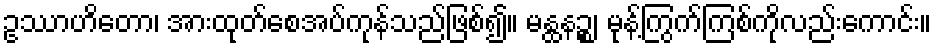
ဥဿာဟိတော၊ အားထုတ်စေအပ်ကုန်သည်ဖြစ်၍။ မန္ထနဉ္စ၊ မုန့်ကြွက်ကြစ်ကိုလည်းကောင်း။